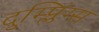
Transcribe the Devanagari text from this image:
दुम्प्लिंग्स